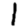
Digit: 1